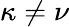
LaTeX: \kappa\neq\nu